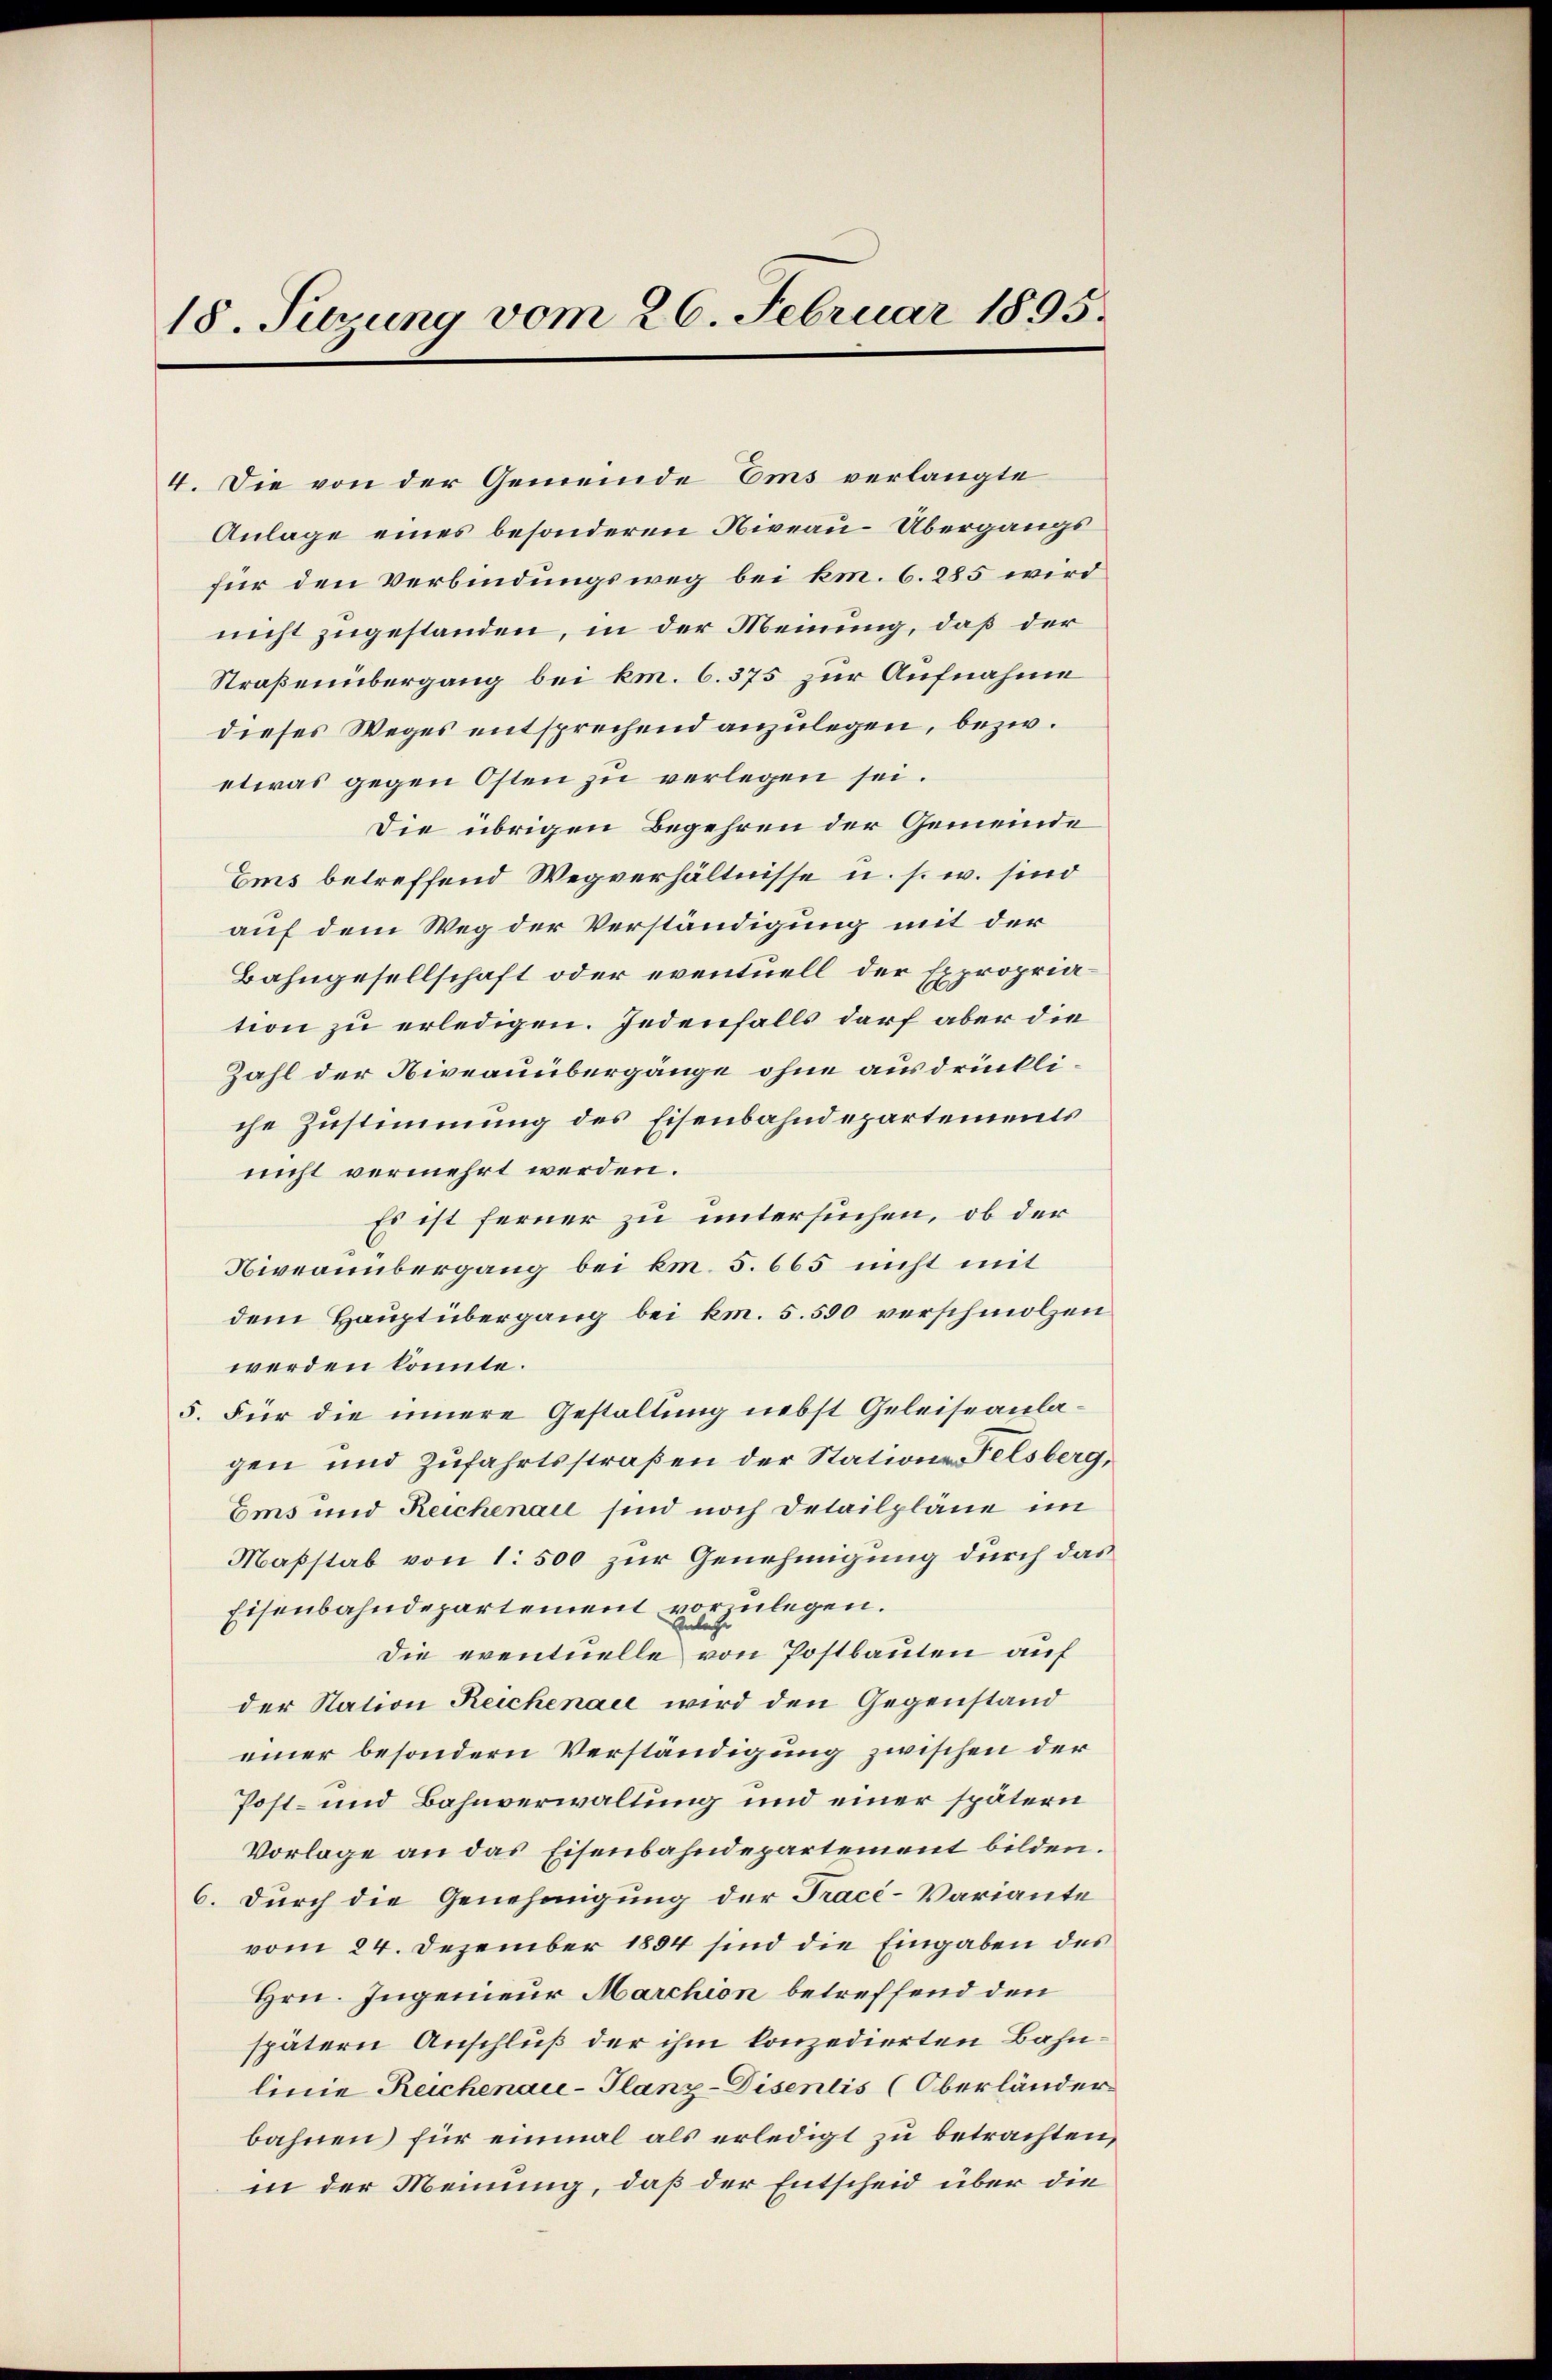
18. Sitzung vom 26. Februar 1895.

4. Die von der Gemeinde Ems verlangte
Anlage eines besonderen Niveau-Übergangs
für den Verbindungsweg bei km. 6. 285 wird
nicht zugestanden, in der Meinung, daß der
Straßenübergang bei km. 6. 375 zur Aufnahme
dieses Weges entsprechend anzulegen, bezw.
etwas gegen Osten zu verlegen sei.
Die übrigen Begehren der Gemeinde
Ems betreffend Wegverhältnisse u. s. w. sind
auf dem Weg der Verständigung mit der
Bahngesellschaft oder eventuell der Expropriation zu erledigen. Jedenfalls darf aber die
Zahl der Niveauübergänge ohne ausdrückliche Zustimmung des Eisenbahndepartements
nicht vermehrt werden.
Es ist ferner zu untersuchen, ob der
Niveauübergang bei km. 5. 665 nicht mit
dem Hauptübergang bei km. 5. 590 verschmolzen
werden könnte.
5. Für die innere Gestaltung nebst Geleiseanlagen und Zufahrtsstraßen der Stations Felsberg,
Ems und Reichenau sind noch Detailplane im
Maßstab von 1. 500 zur Genehmigung durch das
Eisenbahndepartement vorzulegen.
Einle
Die eventuelle von Postbauten auf
der Station Reichenau wird den Gegenstand
einer besondern Verständigung zwischen der
Post- und Bahnverwaltung und einer spätern
Vorlage an das Eisenbahndepartement bilden.
6. Durch die Genehmigung der Tracé-Variante
vom 24. Dezember 1894 sind die Eingaben des
Hrn. Ingenieur Marchion betreffend den
spätern Anschluß der ihm konzedierten Bahnlinie Reichenau-Glanz-Disentis (Oberländer
bahnen für einmal als erledigt zu betrachten,
in der Meinung, daß der Entscheid über die